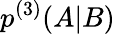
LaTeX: p^{(3)}(A|B)